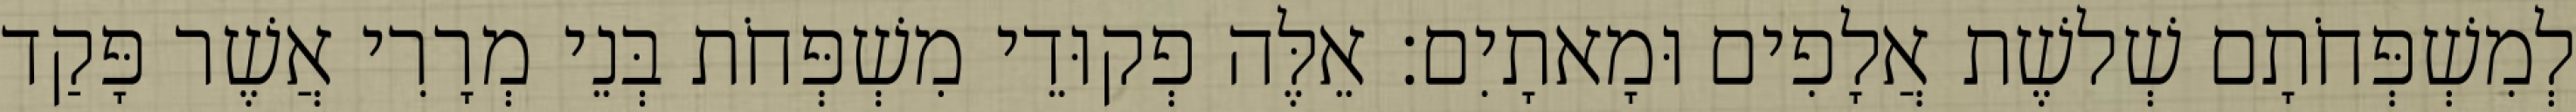
לְמִשְׁפְּחֹתָם שְׁלשֶׁת אֲלָפִים וּמָאתָיִם׃ אֵלֶּה פְקוּדֵי מִשְׁפְּחֹת בְּנֵי מְרָרִי אֲשֶׁר פָּקַד